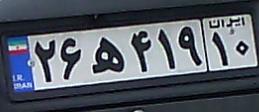
۲۶ه۴۱۹۱۰